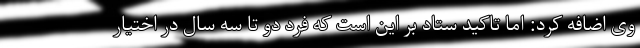
وی اضافه کرد: اما تاکید ستاد بر این است که فرد دو تا سه سال در اختیار